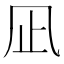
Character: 凪